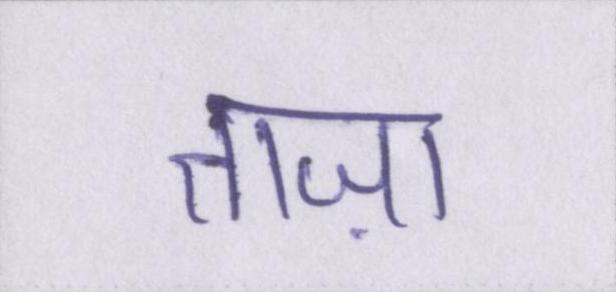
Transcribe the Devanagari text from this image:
ताज़ा